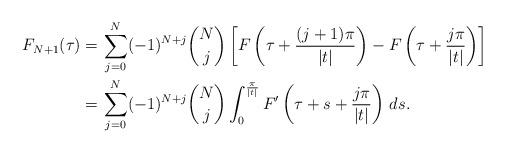
LaTeX: \begin{align*} F_{N+1}(\tau) =&\, \sum_{j=0}^{N}(-1)^{N+j}{N \choose j} \left[F\left( \tau + \frac{(j+1)\pi}{|t|}\right) - F\left( \tau + \frac{j\pi}{|t|}\right) \right] \\=&\, \sum_{j=0}^{N}(-1)^{N+j}{N \choose j} \int_0^{\frac{\pi}{|t|}} F'\left(\tau + s + \frac{j\pi}{|t|}\right)\,ds.\\\end{align*}